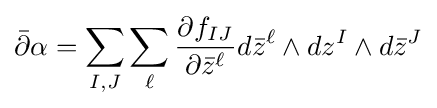
{\bar {\partial }}\alpha =\sum _{I,J}\sum _{\ell }{\frac {\partial f_{IJ}}{\partial {\bar {z}}^{\ell }}}d{\bar {z}}^{\ell }\wedge dz^{I}\wedge d{\bar {z}}^{J}